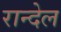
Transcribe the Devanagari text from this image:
रान्देल